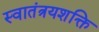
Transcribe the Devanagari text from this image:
स्वातंत्रयशक्ति